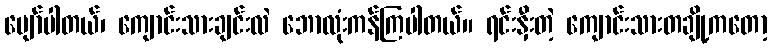
ပျော်ပါတယ်၊ ကျောင်းသားချင်းလဲ ဘောလုံးကန်ကြပါတယ်။ ရင်းနှီးတဲ့ ကျောင်းသားတချို့ကတော့